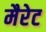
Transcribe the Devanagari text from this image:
मैरेट